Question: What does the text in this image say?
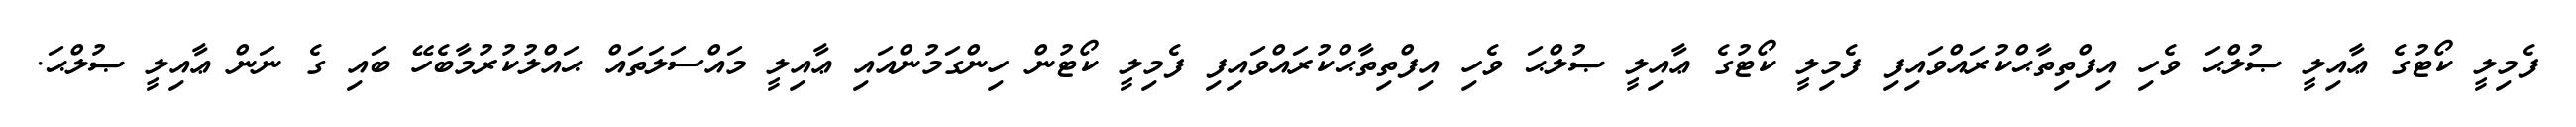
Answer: ފެމިލީ ކޯޓުގެ ޢާއިލީ ޞުލްޙަ ވެހި އިފްތިތާޙްކުރައްވައިފި ފެމިލީ ކޯޓުގެ ޢާއިލީ ޞުލްޙަ ވެހި އިފްތިތާޙްކުރައްވައިފި ފެމިލީ ކޯޓުން ހިންގަމުންއައި ޢާއިލީ މައްސަލަތައް ޙައްލުކުރުމާބެހޭ ބައި ގެ ނަން ޢާއިލީ ޞުލްޙަ.